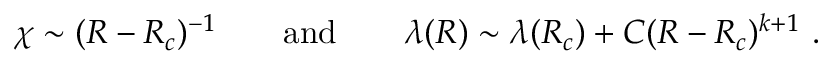
\chi \sim ( R - R _ { c } ) ^ { - 1 } \qquad \mathrm { a n d } \qquad \lambda ( R ) \sim \lambda ( R _ { c } ) + C ( R - R _ { c } ) ^ { k + 1 } \ .